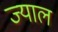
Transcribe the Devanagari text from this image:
ज्याल